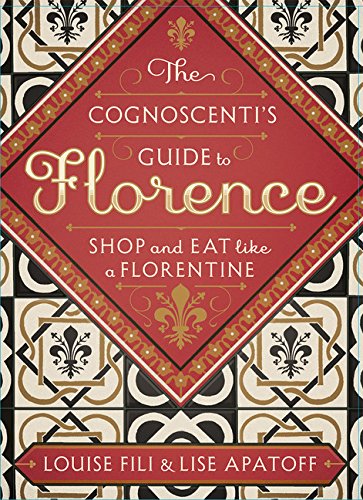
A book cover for The Cognoscenti's Guide to Florence: Shop and Eat like a Florentine; Louise Fili; Business & Money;